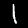
Digit: 1